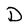
Character: D